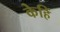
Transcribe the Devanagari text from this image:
केहिं